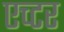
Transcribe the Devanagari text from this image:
एच्टर